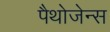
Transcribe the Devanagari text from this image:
पैथोजेन्स